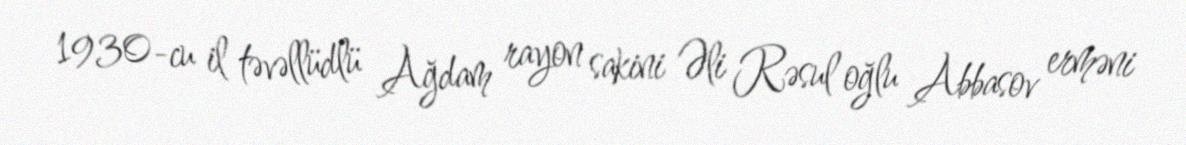
1930-cu il təvəllüdlü Ağdam rayon sakini Əli Rəsul oğlu Abbasov erməni